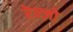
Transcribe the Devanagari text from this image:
रेन्ज़ो